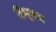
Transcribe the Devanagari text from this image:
हिन्दुवान